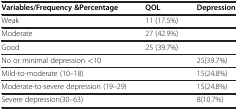
<table><thead><tr><td><b>Variables/Frequency &amp;Percentage</b></td><td><b>QOL</b></td><td><b>Depression</b></td></tr></thead><tbody><tr><td>Weak</td><td>11 (17.5%)</td><td> </td></tr><tr><td>Moderate</td><td>27 (42.9%)</td><td> </td></tr><tr><td>Good</td><td>25 (39.7%)</td><td> </td></tr><tr><td>No or minimal depression &lt;10</td><td> </td><td>25(39.7%)</td></tr><tr><td>Mild-to-moderate (10–18)</td><td> </td><td>15(24.8%)</td></tr><tr><td>Moderate-to-severe depression (19–29)</td><td> </td><td>15(24.8%)</td></tr><tr><td>Severe depression(30–63)</td><td> </td><td>8(10.7%)</td></tr></tbody></table>